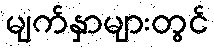
မျက်နှာများတွင်